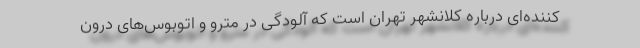
کننده‌ای درباره کلانشهر تهران است که آلودگی در مترو و اتوبوس‌های درون